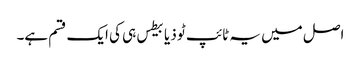
اصل میں یہ ٹائپ ٹو ذیابیطس ہی کی ایک قسم ہے۔